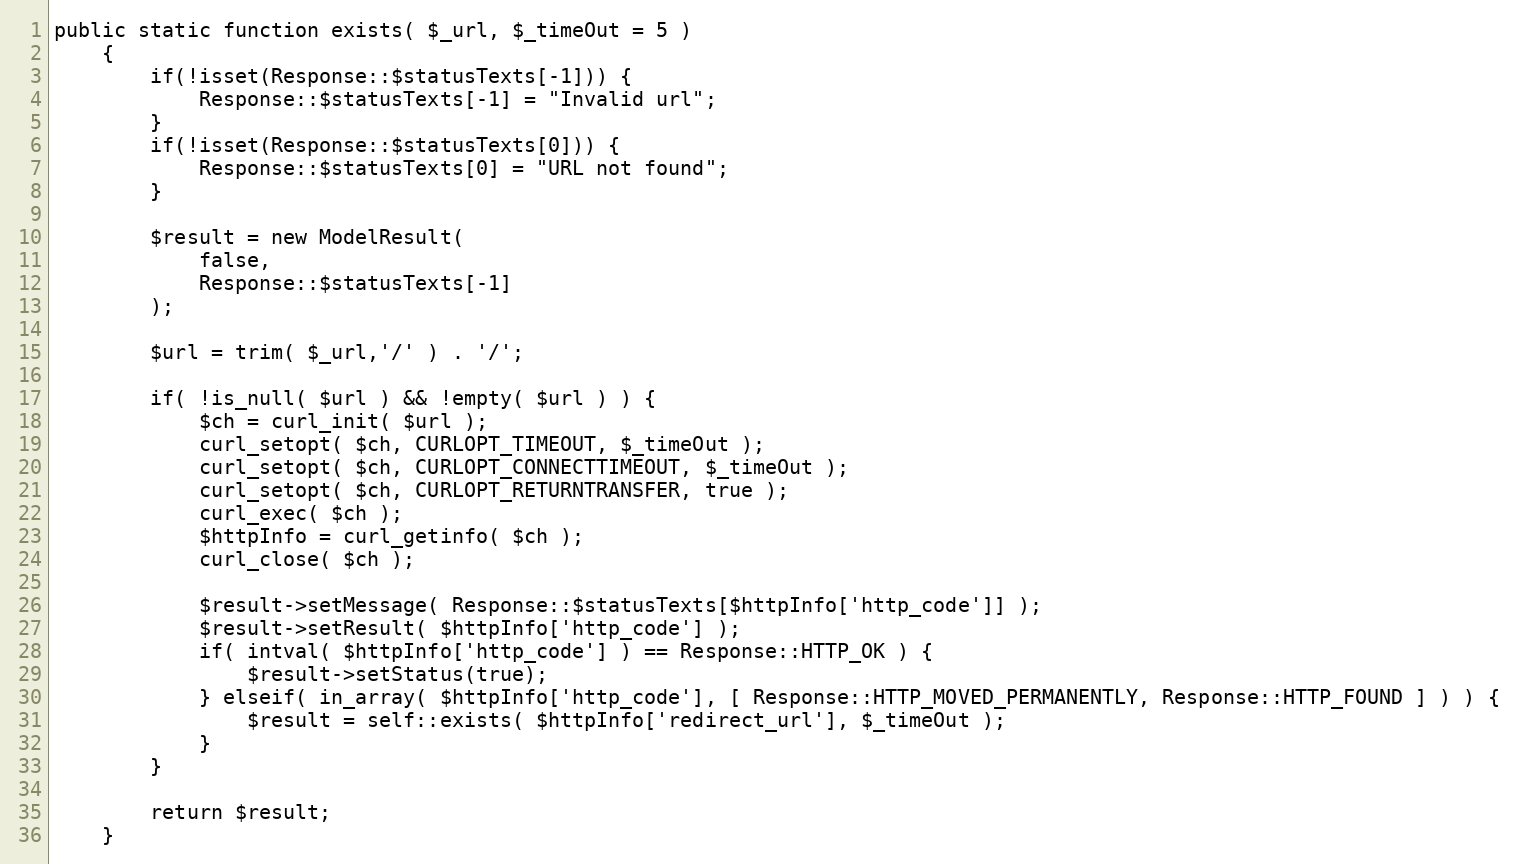
Language: PHP
public static function exists( $_url, $_timeOut = 5 )
    {
        if(!isset(Response::$statusTexts[-1])) {
            Response::$statusTexts[-1] = "Invalid url";
        }
        if(!isset(Response::$statusTexts[0])) {
            Response::$statusTexts[0] = "URL not found";
        }

        $result = new ModelResult(
            false,
            Response::$statusTexts[-1]
        );

        $url = trim( $_url,'/' ) . '/';

        if( !is_null( $url ) && !empty( $url ) ) {
            $ch = curl_init( $url );
            curl_setopt( $ch, CURLOPT_TIMEOUT, $_timeOut );
            curl_setopt( $ch, CURLOPT_CONNECTTIMEOUT, $_timeOut );
            curl_setopt( $ch, CURLOPT_RETURNTRANSFER, true );
            curl_exec( $ch );
            $httpInfo = curl_getinfo( $ch );
            curl_close( $ch );

            $result->setMessage( Response::$statusTexts[$httpInfo['http_code']] );
            $result->setResult( $httpInfo['http_code'] );
            if( intval( $httpInfo['http_code'] ) == Response::HTTP_OK ) {
                $result->setStatus(true);
            } elseif( in_array( $httpInfo['http_code'], [ Response::HTTP_MOVED_PERMANENTLY, Response::HTTP_FOUND ] ) ) {
                $result = self::exists( $httpInfo['redirect_url'], $_timeOut );
            }
        }

        return $result;
    }